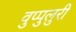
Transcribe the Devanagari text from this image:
वुप्पुलुरी